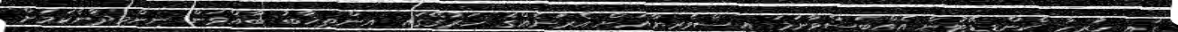
ގައި ހުރިހާ ކެންޑިޑޭޓުން އެއްބަސްވާނަމަ އިސްވެރިޔާއަށް އެރަށެއްގެ ހަރުގޭގައި އިންތިޚާބު ބާއްވަން ނިންމިދާނެކަމަށް